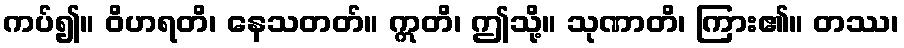
ကပ်၍။ ဝိဟရတိ၊ နေသတတ်။ ဣတိ၊ ဤသို့။ သုဏာတိ၊ ကြား၏။ တဿ၊